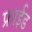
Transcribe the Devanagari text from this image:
फ्राईड